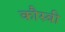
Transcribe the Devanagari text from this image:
कौस्बी